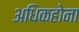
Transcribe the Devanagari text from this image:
अधिकहोना